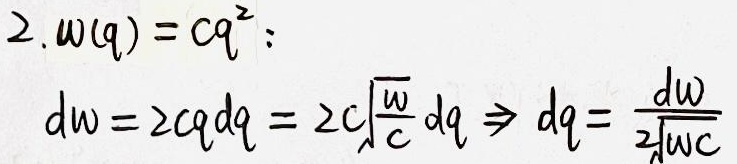
2. \(w(q)=cq^{2}\)：
\[
dw = 2cq dq=2c\sqrt{\frac{w}{c}}dq\Rightarrow dq=\frac{dw}{2\sqrt{wc}}
\]